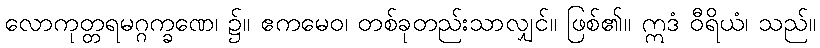
လောကုတ္တရမဂ္ဂက္ခဏေ၊ ၌။ ဧကမေဝ၊ တစ်ခုတည်းသာလျှင်။ ဖြစ်၏။ ဣဒံ ဝီရိယံ၊ သည်။